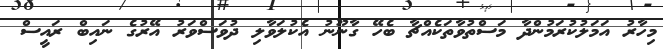
މިހާރު އަމަލުކުރަމުންދާ މަސްތުވާތަކެއްޗާ ބެހޭ ގާނޫނު އެކުލަވާލި ދުވަސްވަރު އޭރުގެ ނައިބް ރައީސް